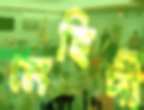
মেহিদী